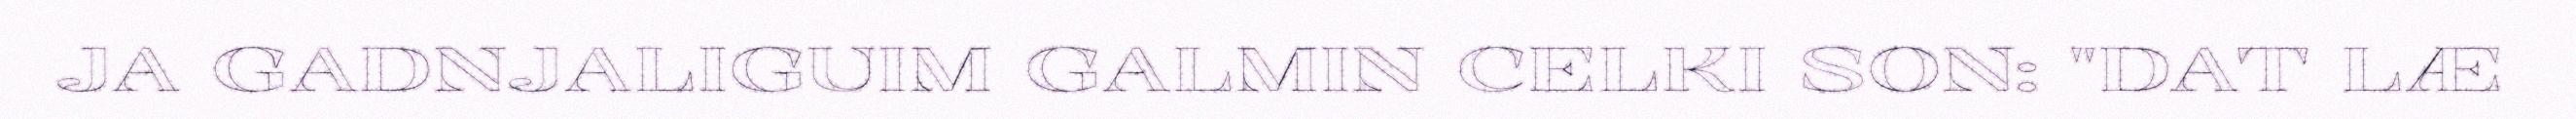
JA GADNJALIGUIM GALMIN CELKI SON: "DAT LÆ